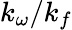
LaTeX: k_{\omega}/k_{f}